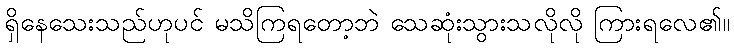
ရှိနေသေးသည်ဟုပင် မသိကြရတော့ဘဲ သေဆုံးသွားသလိုလို ကြားရလေ၏။